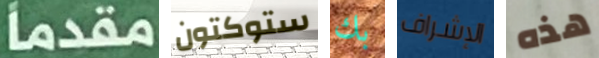
مقدما ستوكتون بك الإشراف هذه